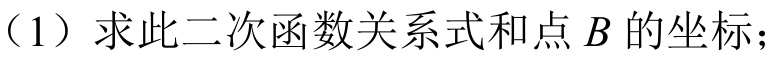
（1）求此二次函数关系式和点\(B\)的坐标；